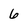
Character: 6